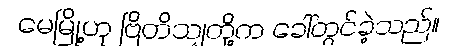
မေမြို့ဟု ဗြိတိသျှတို့က ခေါ်တွင်ခဲ့သည်။